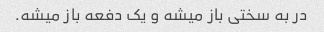
در به سختی باز میشه و یک دفعه باز میشه.